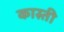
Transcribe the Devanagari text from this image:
कास्ती